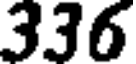
336